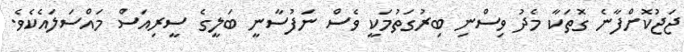
ޖަޖުކޮށްފާނެ ގޮތަކާ މެދު ވިސްނި ބިރުގަތުމަކީ ވެސް ނަފުސާނީ ބަލީގެ ސީރިއަސް މައްސަލައެކެވެ.